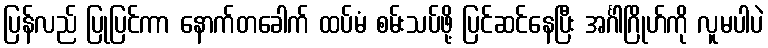
ပြန်လည် ပြုပြင်ကာ နောက်တခေါက် ထပ်မံ စမ်းသပ်ဖို့ ပြင်ဆင်နေပြီး အင်္ဂါဂြိုဟ်ကို လူမပါပဲ